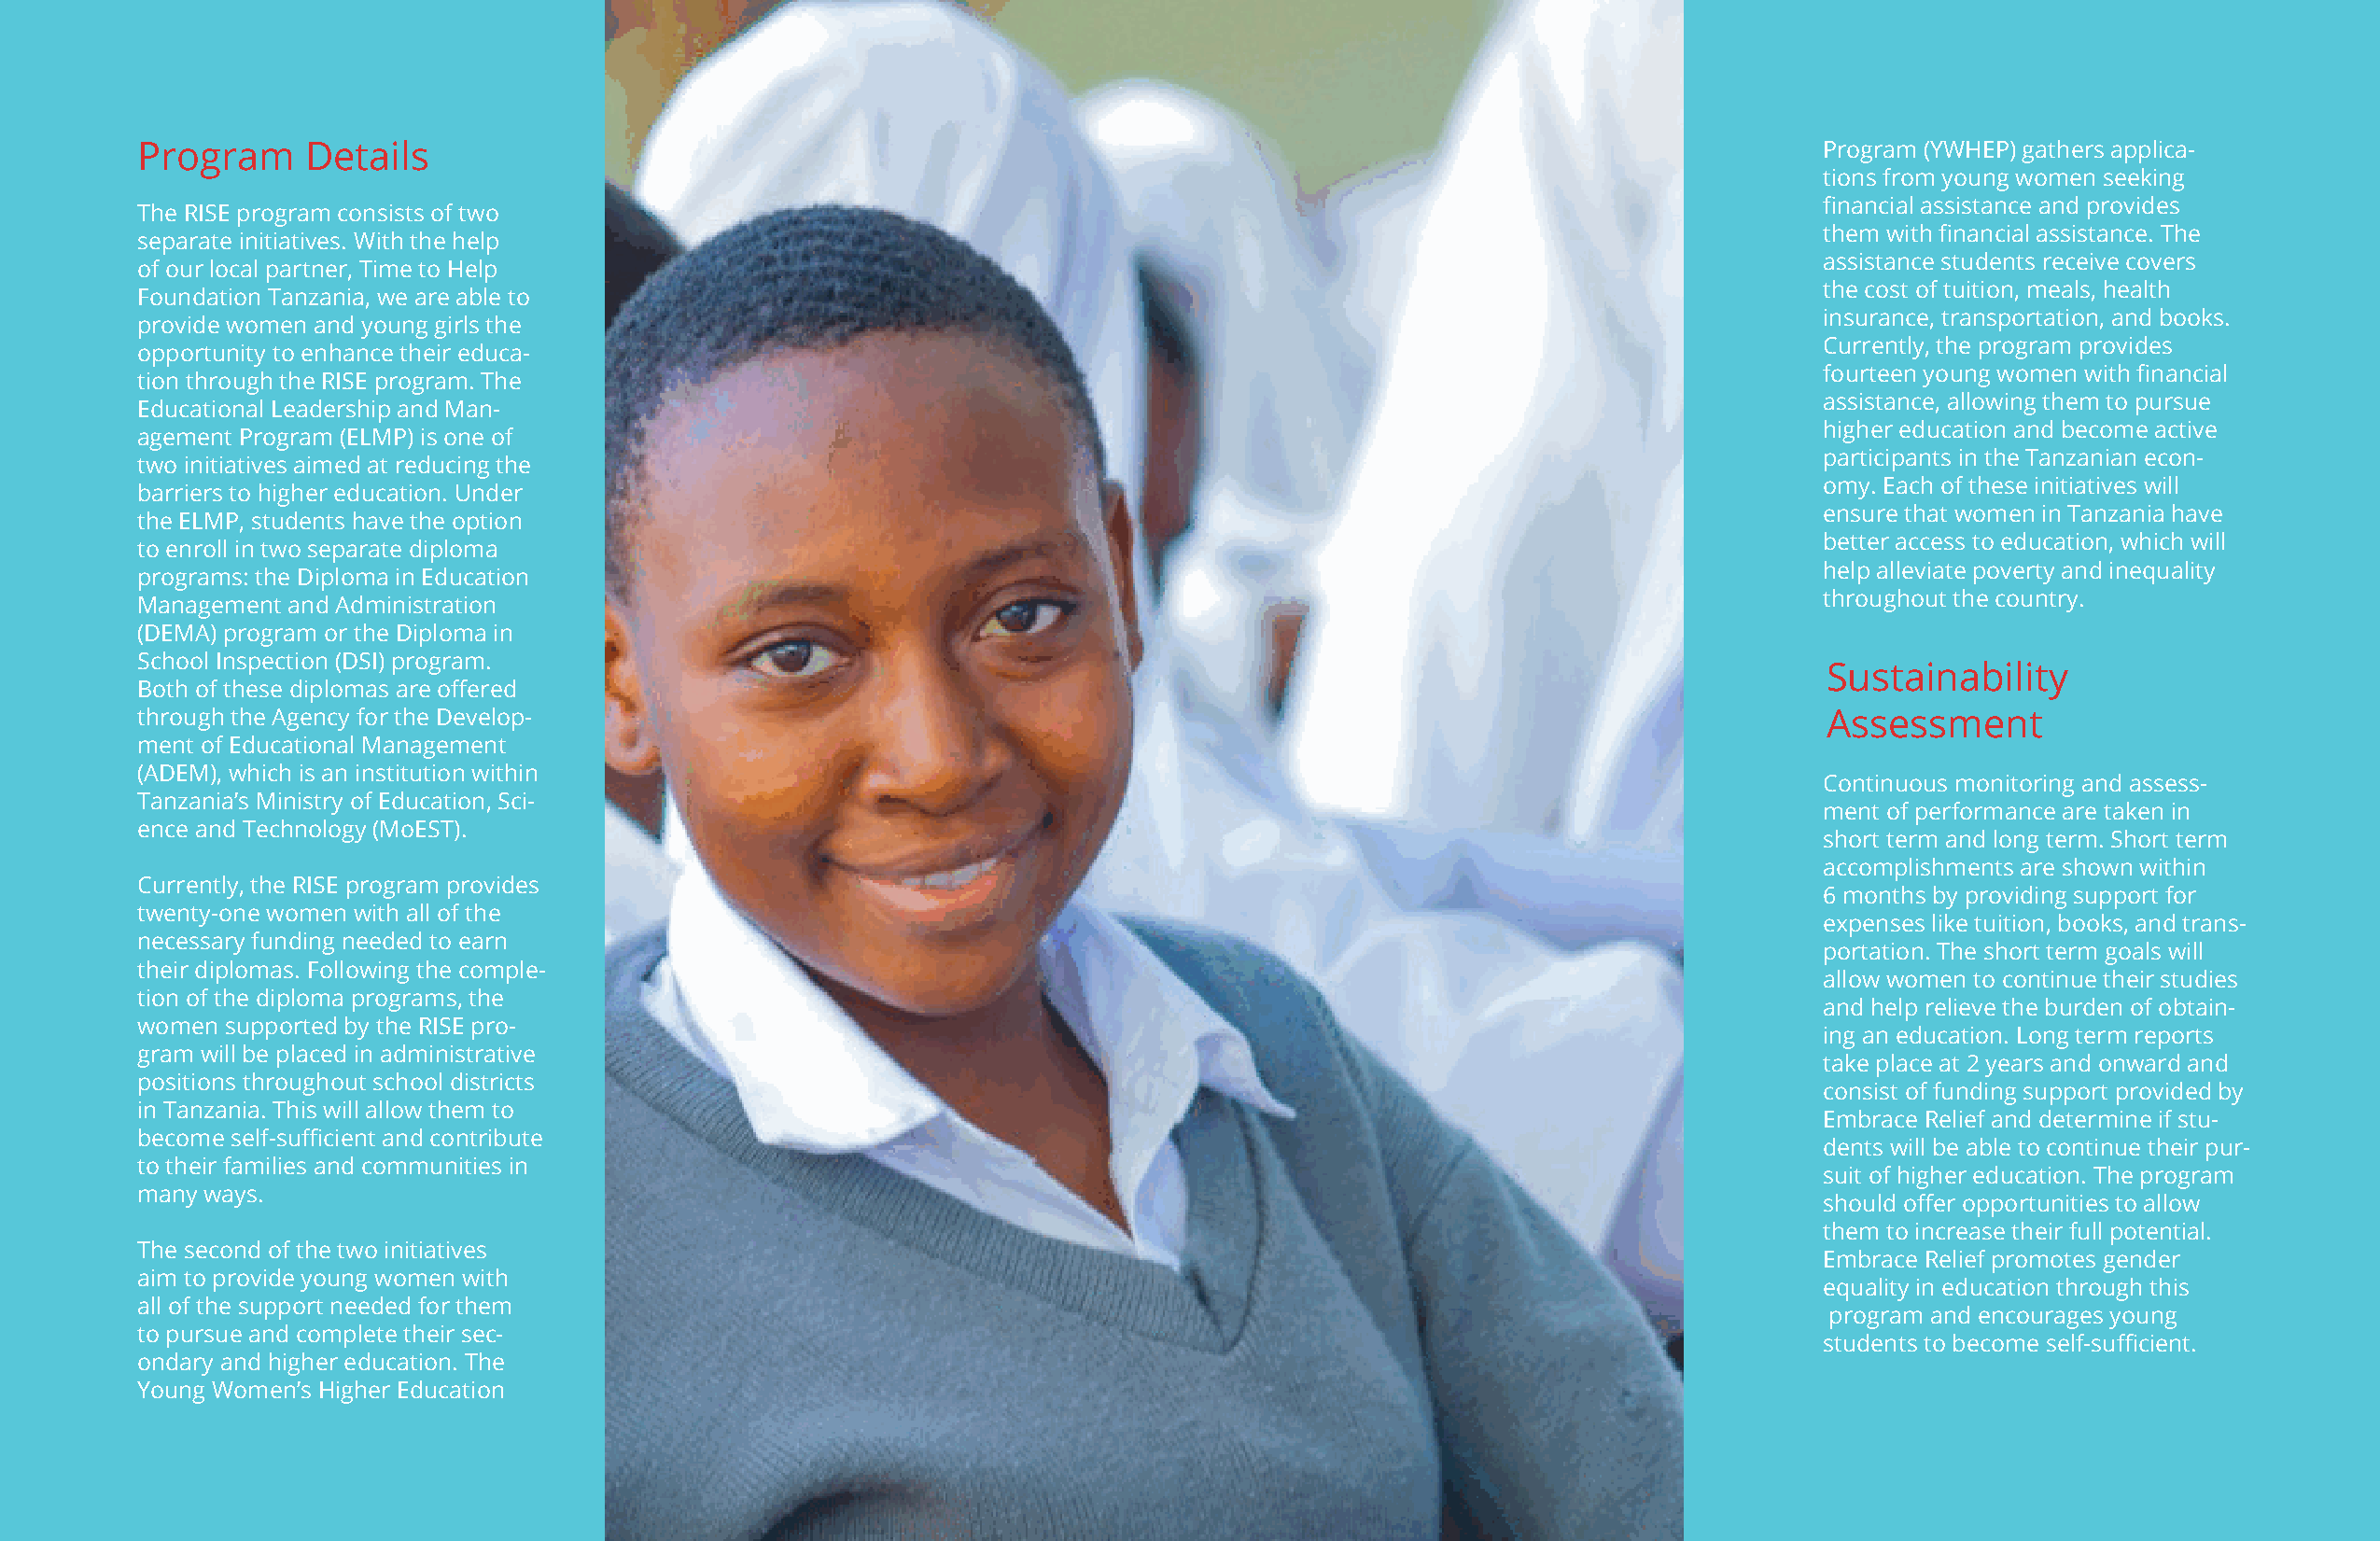
Program     Details                                                                                                    Program (YWHEP) gathers applica-
 tions from young women seeking
 financial assistance and provides
 The RISE program consists of two
 them with financial assistance. The
 separate initiatives. With the help
 assistance students receive covers
 of our local partner, Time to Help
 the cost of tuition, meals, health
 Foundation Tanzania, we are able to
 insurance, transportation, and books.
 provide women and young girls the
 Currently, the program provides
 opportunity to enhance their educa-
 fourteen young women with financial
 tion through the RISE program. The
 assistance, allowing them to pursue
 Educational Leadership and Man-
 higher education and become active
 agement Program (ELMP) is one of
 participants in the Tanzanian econ-
 two initiatives aimed at reducing the
 omy. Each of these initiatives will
 barriers to higher education. Under
 ensure that women in Tanzania have
 the ELMP, students have the option
 better access to education, which will
 to enroll in two separate diploma
 help alleviate poverty and inequality
 programs: the Diploma in Education
 throughout the country.
 Management and Administration
 (DEMA) program or the Diploma in
 School Inspection (DSI) program.
 Sustainability
 Both of these diplomas are offered
 through the Agency for the Develop-                                                                                     Assessment
 ment of Educational Management
 (ADEM), which is an institution within
 Continuous monitoring and assess-
 Tanzania’s Ministry of Education, Sci-
 ment of performance are taken in
 ence and Technology (MoEST).
 short term and long term. Short term
 accomplishments are shown within
 Currently, the RISE program provides
 6 months by providing support for
 twenty-one women with all of the
 expenses like tuition, books, and trans-
 necessary funding needed to earn
 portation. The short term goals will
 their diplomas. Following the comple-
 allow women to continue their studies
 tion of the diploma programs, the
 and help relieve the burden of obtain-
 women supported by the RISE pro-
 ing an education. Long term reports
 gram will be placed in administrative
 take place at 2 years and onward and
 positions throughout school districts
 consist of funding support provided by
 in Tanzania. This will allow them to
 Embrace Relief and determine if stu-
 become self-sufficient and contribute
 dents will be able to continue their pur-
 to their families and communities in
 suit of higher education. The program
 many ways.
 should offer opportunities to allow
 them to increase their full potential.
 The second of the two initiatives
 Embrace Relief promotes gender
 aim to provide young women with
 equality in education through this
 all of the support needed for them
 program and encourages young
 to pursue and complete their sec-
 students to become self-sufficient.
 ondary and higher education. The
 Young Women’s Higher Education